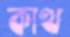
কাত্থ